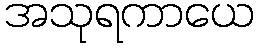
အသုရကာယေ